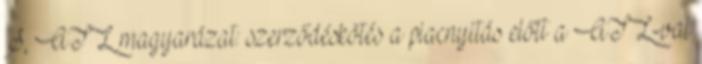
S, ATL magyarázat: szerződéskötés a piacnyitás előtt a ATL-val